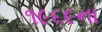
૧૯૬૯ના